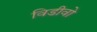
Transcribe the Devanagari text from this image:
विडीवो